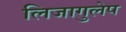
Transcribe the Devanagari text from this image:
लिजागुलेप